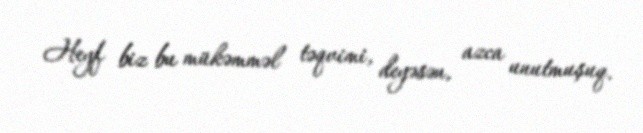
Heyf biz bu mükəmməl təqvimi, deyəsən, azca unutmuşuq.